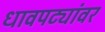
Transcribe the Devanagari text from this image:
धावपट्यांवर